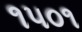
૧૫૦૧